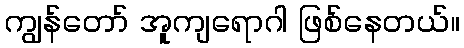
ကျွန်တော် အူကျရောဂါ ဖြစ်နေတယ်။